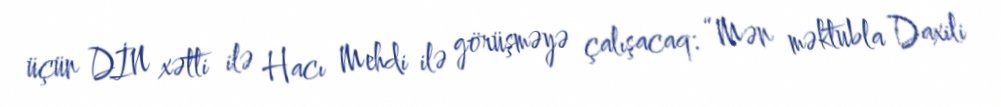
üçün DİN xətti ilə Hacı Mehdi ilə görüşməyə çalışacaq: “Mən məktubla Daxili